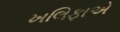
ખલિફાએ